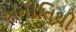
અનીતિથી